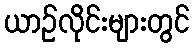
ယာဉ်လိုင်းများတွင်